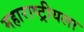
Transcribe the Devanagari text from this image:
महाराष्ट्रीयला